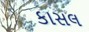
કાસલ